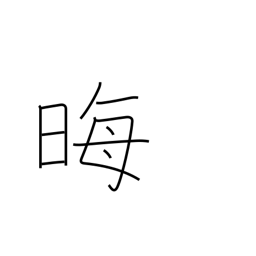
Meaning: disappear